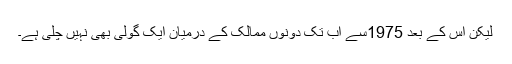
لیکن اس کے بعد 1975سے اب تک دونوں ممالک کے درمیان ایک گولی بھی نہیں چلی ہے۔